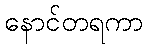
နောင်တရကာ